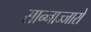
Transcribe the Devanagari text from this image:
सान्नाज्जारो